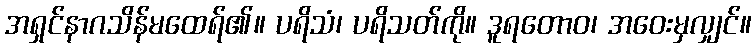
အရှင်နာဂသိန်မထေရ်၏။ ပရိသံ၊ ပရိသတ်ကို။ ဒူရတောဝ၊ အဝေးမှလျှင်။